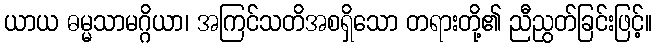
ယာယ ဓမ္မသာမဂ္ဂိယာ၊ အကြင်သတိအစရှိသော တရားတို့၏ ညီညွတ်ခြင်းဖြင့်။